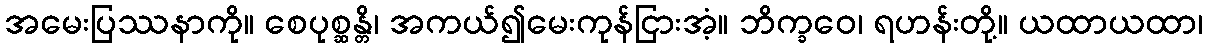
အမေးပြဿနာကို။ စေပုစ္ဆန္တိ၊ အကယ်၍မေးကုန်ငြားအံ့။ ဘိက္ခဝေ၊ ရဟန်းတို့။ ယထာယထာ၊